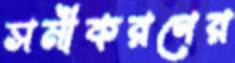
সমীকরণের